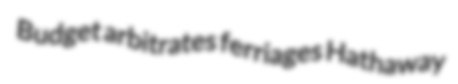
Budget arbitrates ferriages Hathaway